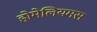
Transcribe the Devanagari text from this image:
होमेलियमस